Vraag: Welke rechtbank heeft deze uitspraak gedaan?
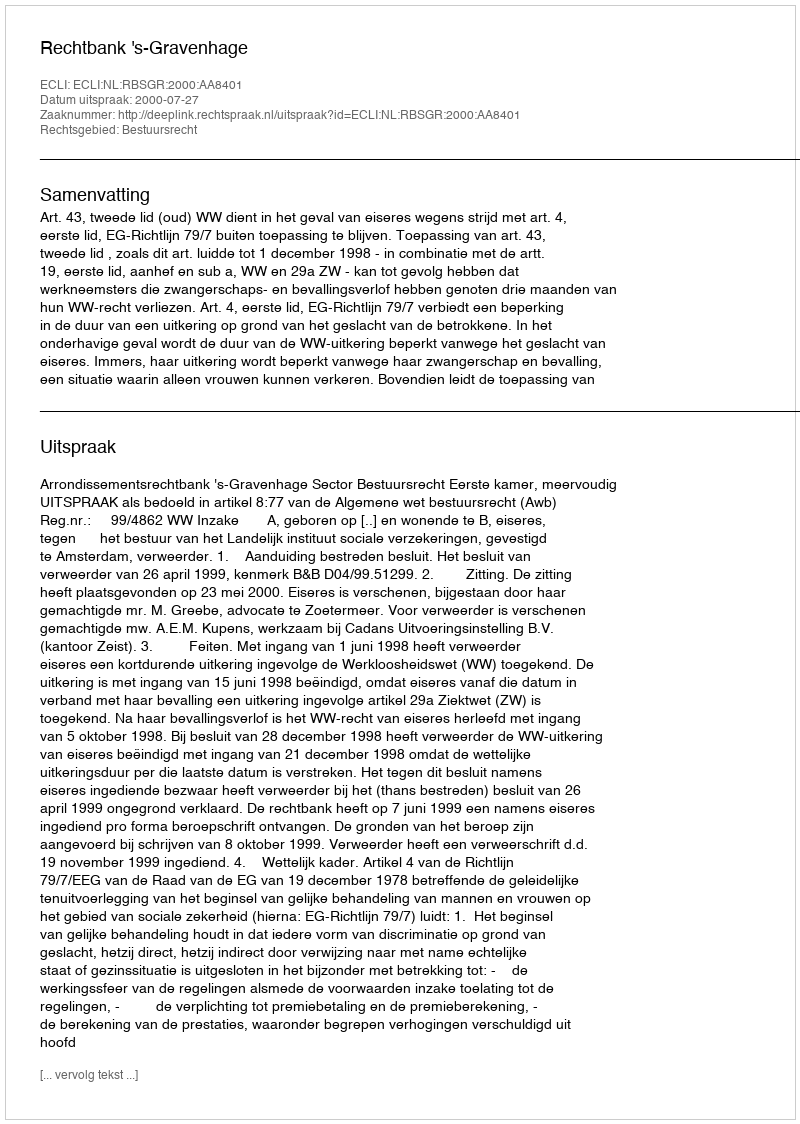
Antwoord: Rechtbank 's-Gravenhage